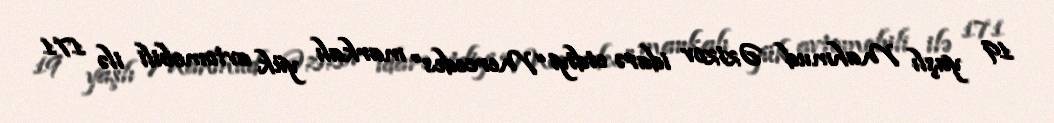
19 yaşlı Mahmud Əzizov idarə etdiyi “Mercedes” markalı yük avtomobili ilə 171